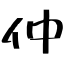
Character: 仲